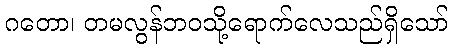
ဂတော၊ တမလွန်ဘဝသို့ရောက်လေသည်ရှိသော်